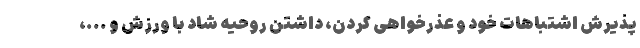
پذیرش اشتباهات خود و عذرخواهی کردن، داشتن روحیه شاد با ورزش و ...،